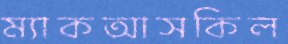
ম্যাকআসকিল